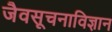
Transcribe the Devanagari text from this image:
जैवसूचनाविज्ञान